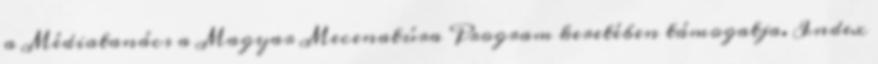
a Médiatanács a Magyar Mecenatúra Program keretében támogatja. Index